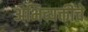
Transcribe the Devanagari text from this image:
अभिव्यक्तींचे